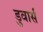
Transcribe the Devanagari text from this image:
डुवार्स